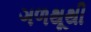
ગળથૂથી